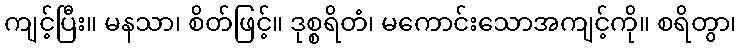
ကျင့်ပြီး။ မနသာ၊ စိတ်ဖြင့်။ ဒုစ္စရိတံ၊ မကောင်းသောအကျင့်ကို။ စရိတွာ၊